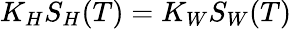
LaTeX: K_{H}S_{H}(T)=K_{W}S_{W}(T)